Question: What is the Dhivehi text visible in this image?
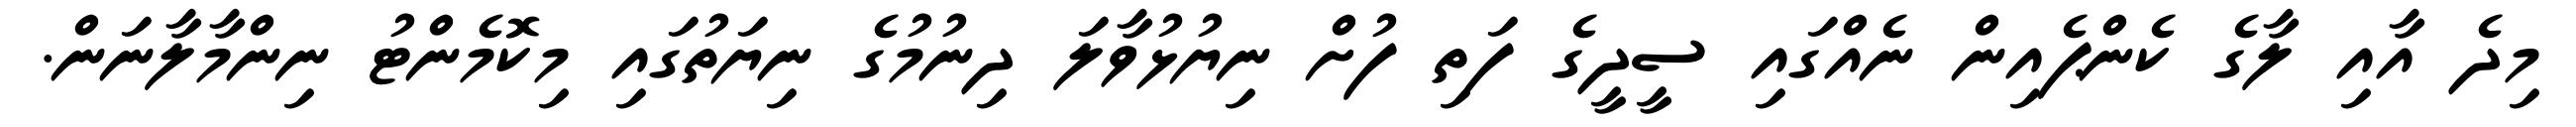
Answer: މިދެ އާއި ލާގެ ކެންޕެއިން ނެއްގައި ސީދީގެ ފަތި ފުށް ނިޔުޅުވާލަ ދިނުމުގެ ނިޔަތުގައި މިކޮމެންޓު ނިންމާލާނަން.